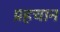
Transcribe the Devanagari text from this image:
प्रहचान